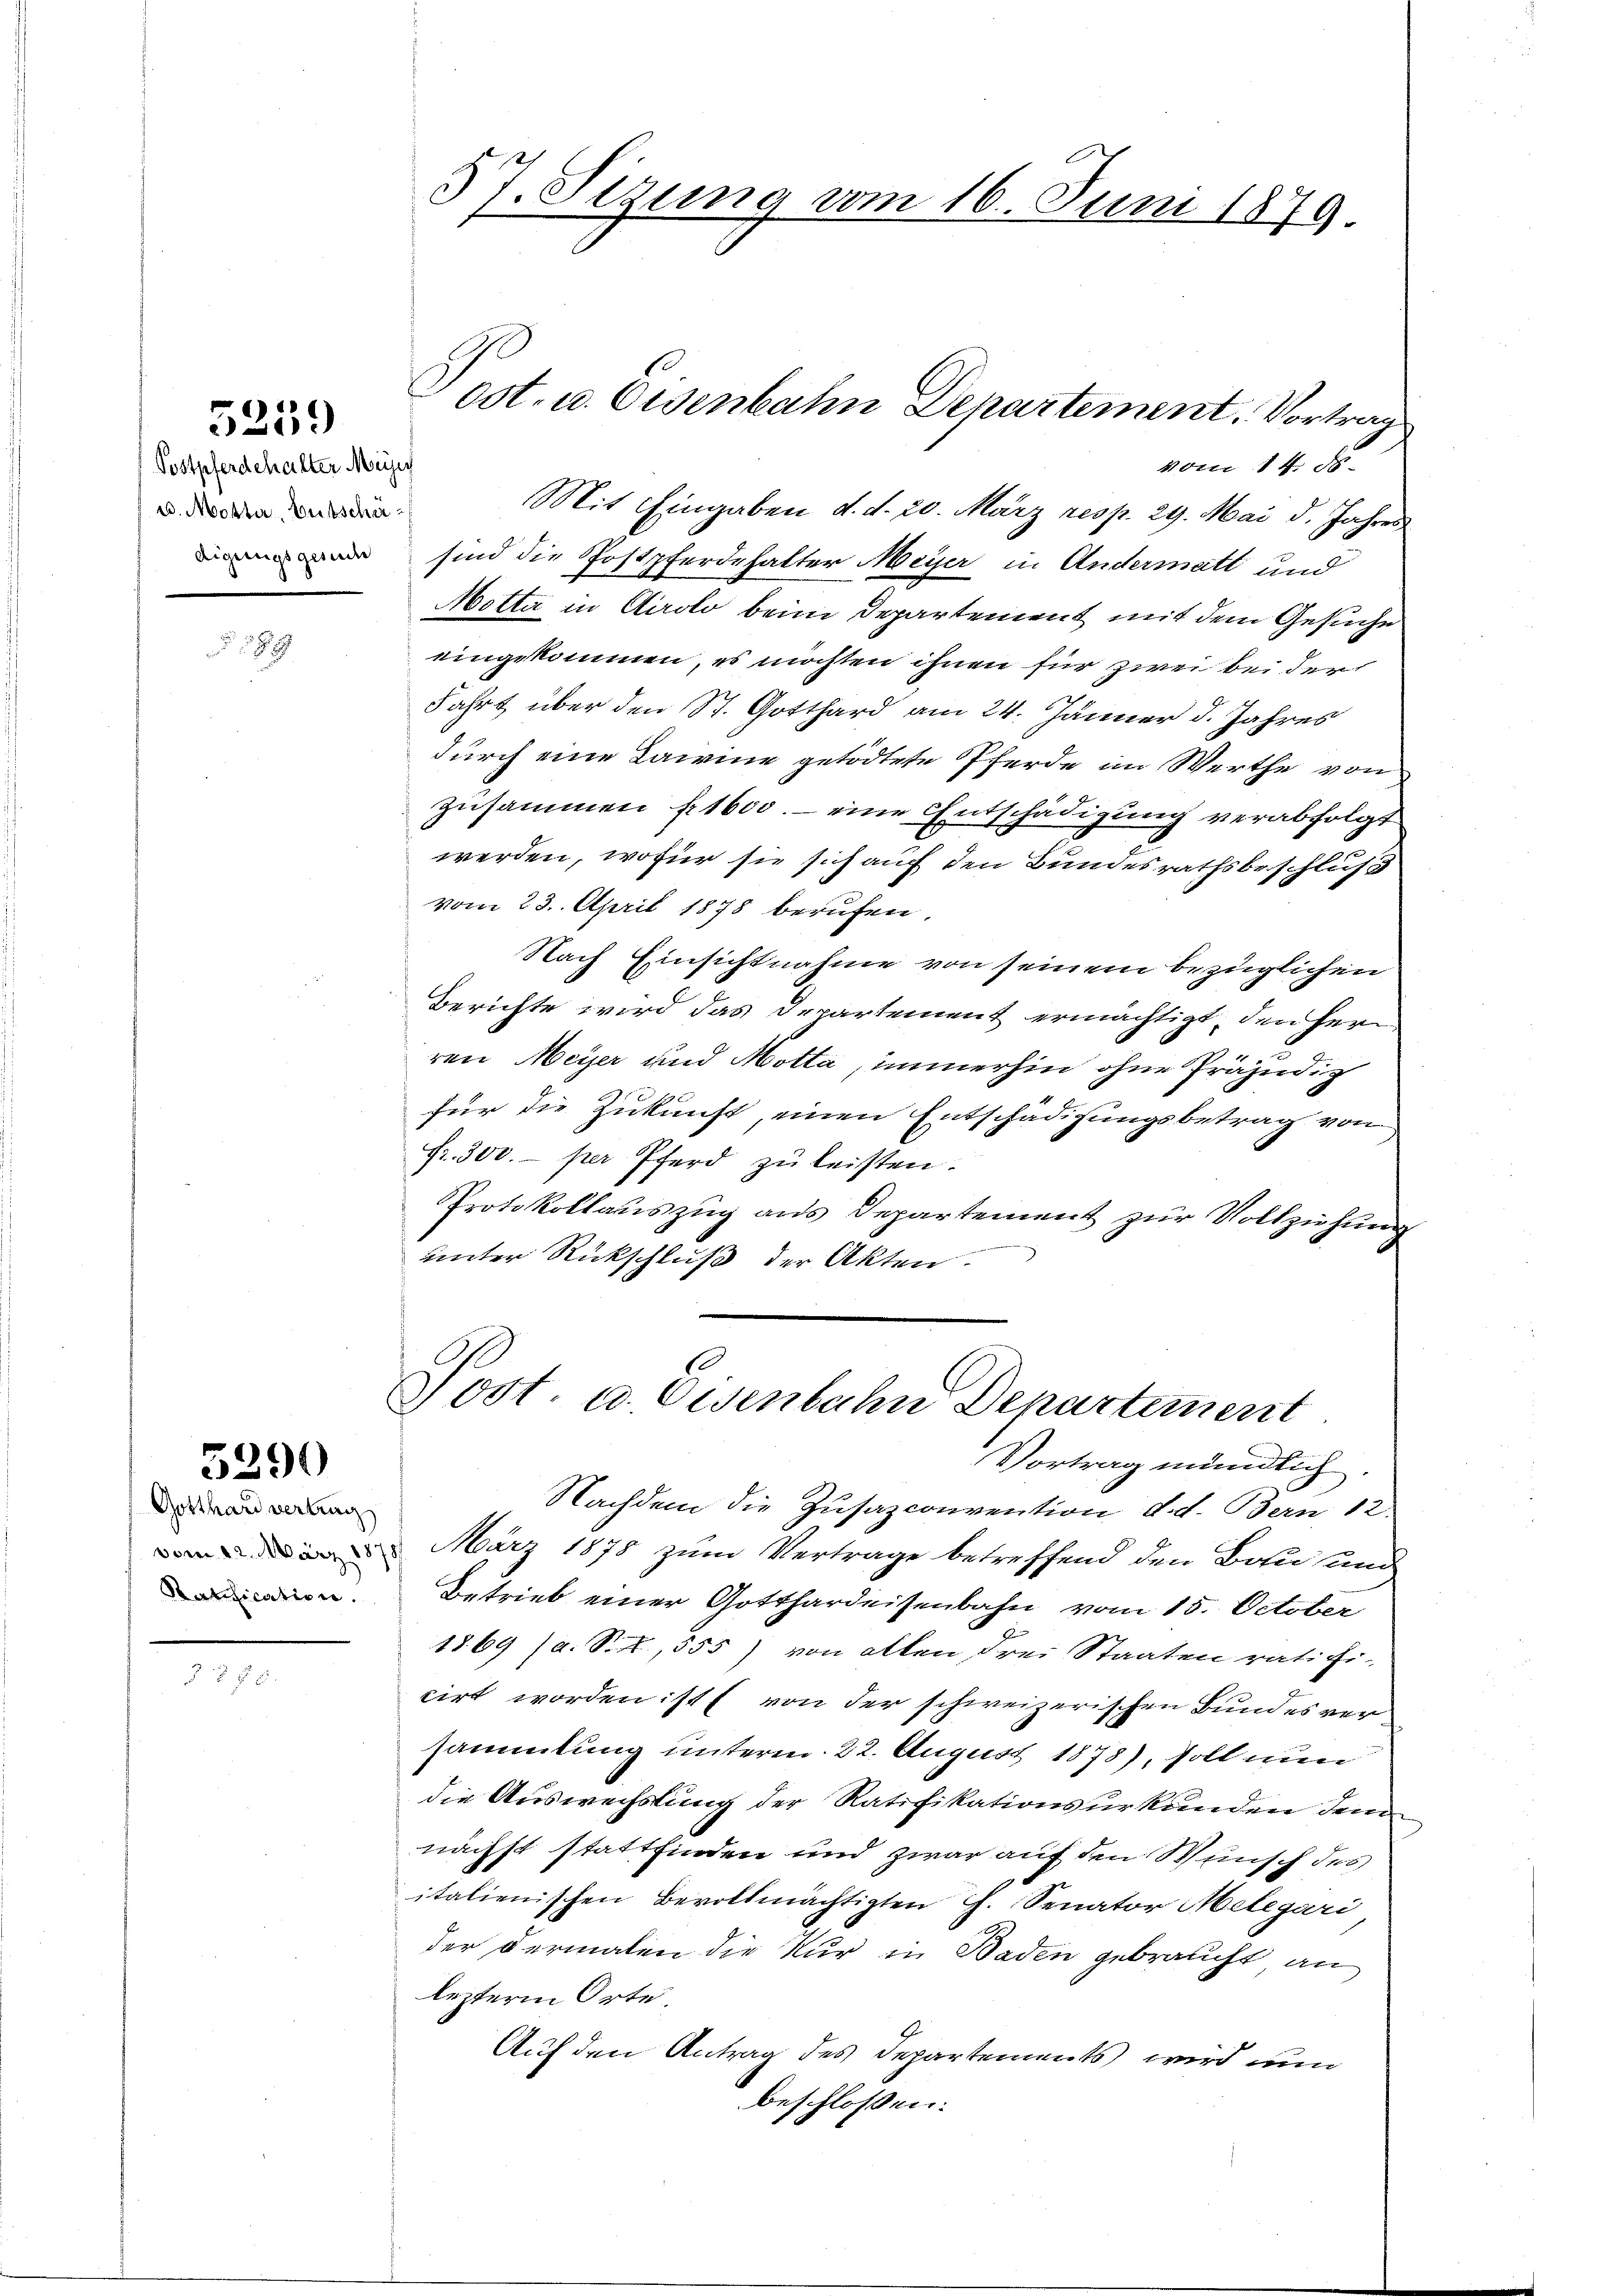
5259

Postpferdehalter Meis
u. Motter, Entschädigungsgesuche

5 189

5290

Gotthard vertrag
Ratification.

37. Sizung vom 16. Juni 1879.

vom 14. ds.
Mit Eingaben d. d. 20. März resp. 29. Mai d. Jahres
sind die Postpferdehalter Meyer in Andermatt und
Motta in Airolo beim Departement mit dem Gesuche
eingekommen, es möchten ihnen für zwei bei der
Fahrt über den St. Gotthard am 24. Jänner d. Jahres
durch eine Kamine getödtete Pferde im Werthe von
zusammen 1600.- eine Entschädigung verabfolgt
werden, wofür sie sich auf den Bundesrathsbeschluß
vom 23. April 1878 berufen,
Nach Einsichtnahme von seinem bezüglichen
Berichte wird das Departement ermächtigt, den Herr
ren Meyer und Motta, immerhin ohne Präjudiz
für die Zukunft, einen Entschädigungsbetrag von
Fr. 300.- per Pferd zu leisten.
Protokollauszug aus Departement zur Vollziehung
mung
unter Rückschluß der Akten.
Post. u. Eisenbahn Departement
Vortrag mündlich
Nachdem die Zusazconvention d. d. Bern 12.
 März 1878 zum Vertrage betreffend den Botu und
Betrieb einer Gotthardeisenbahn vom 15. October
1869 (a. S. R., 555) von allen drei Staaten ratifi-
cirt worden ist von der schweizerischen Bundes versammlung unterm 22. August 1878), soll nun
die Auswechslung der Ratifikationsurkunden dem
nächst stattfinden und zwar auf den Wunsch des
italienischen Bevollmächtigten Ch. Senator Melegari
der dermalen die Kur in Baden gebraucht an
lezterm Orte.
Auf den Antrag des Departements wird nun
beschloßen:

Post. u. Eisenbahn Departement. Vortrag